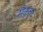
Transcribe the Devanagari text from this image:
मैकनर